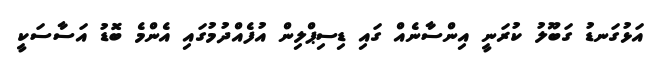
އަޅުގަނޑު ގަބޫލު ކުރަނީ އިންސާނެއް ގައި ޑިސިޕްލިން އުފެއްދުމުގައި އެންމެ ބޮޑު އަސާސަކީ